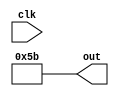
module shift_reg(clk, out);
input clk;
 output [7:0]  out;
 reg [1:0] digit ;
reg [1:0]  digit_next;
assign digit=0;
assign digit_next = digit+1;
always @(posedge clk)
begin
digit=digit_next;
 end
assign out = digit[1] ? (digit[0] ? 8'h7b : 8'h7f) : (digit[0] ? 8'h7b : 8'h5b);
endmodule